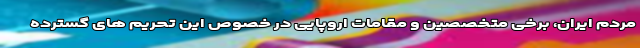
مردم ایران، برخی متخصصین و مقامات اروپایی در خصوص این تحریم های گسترده